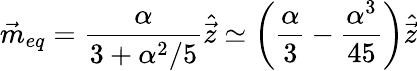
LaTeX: \vec{m}_{eq}=\frac{\alpha}{3+\alpha^{2}/5}\hat{\vec{z}}\simeq\left(\frac{\alpha}{3}-\frac{\alpha^{3}}{45}\right)\hat{\vec{z}}